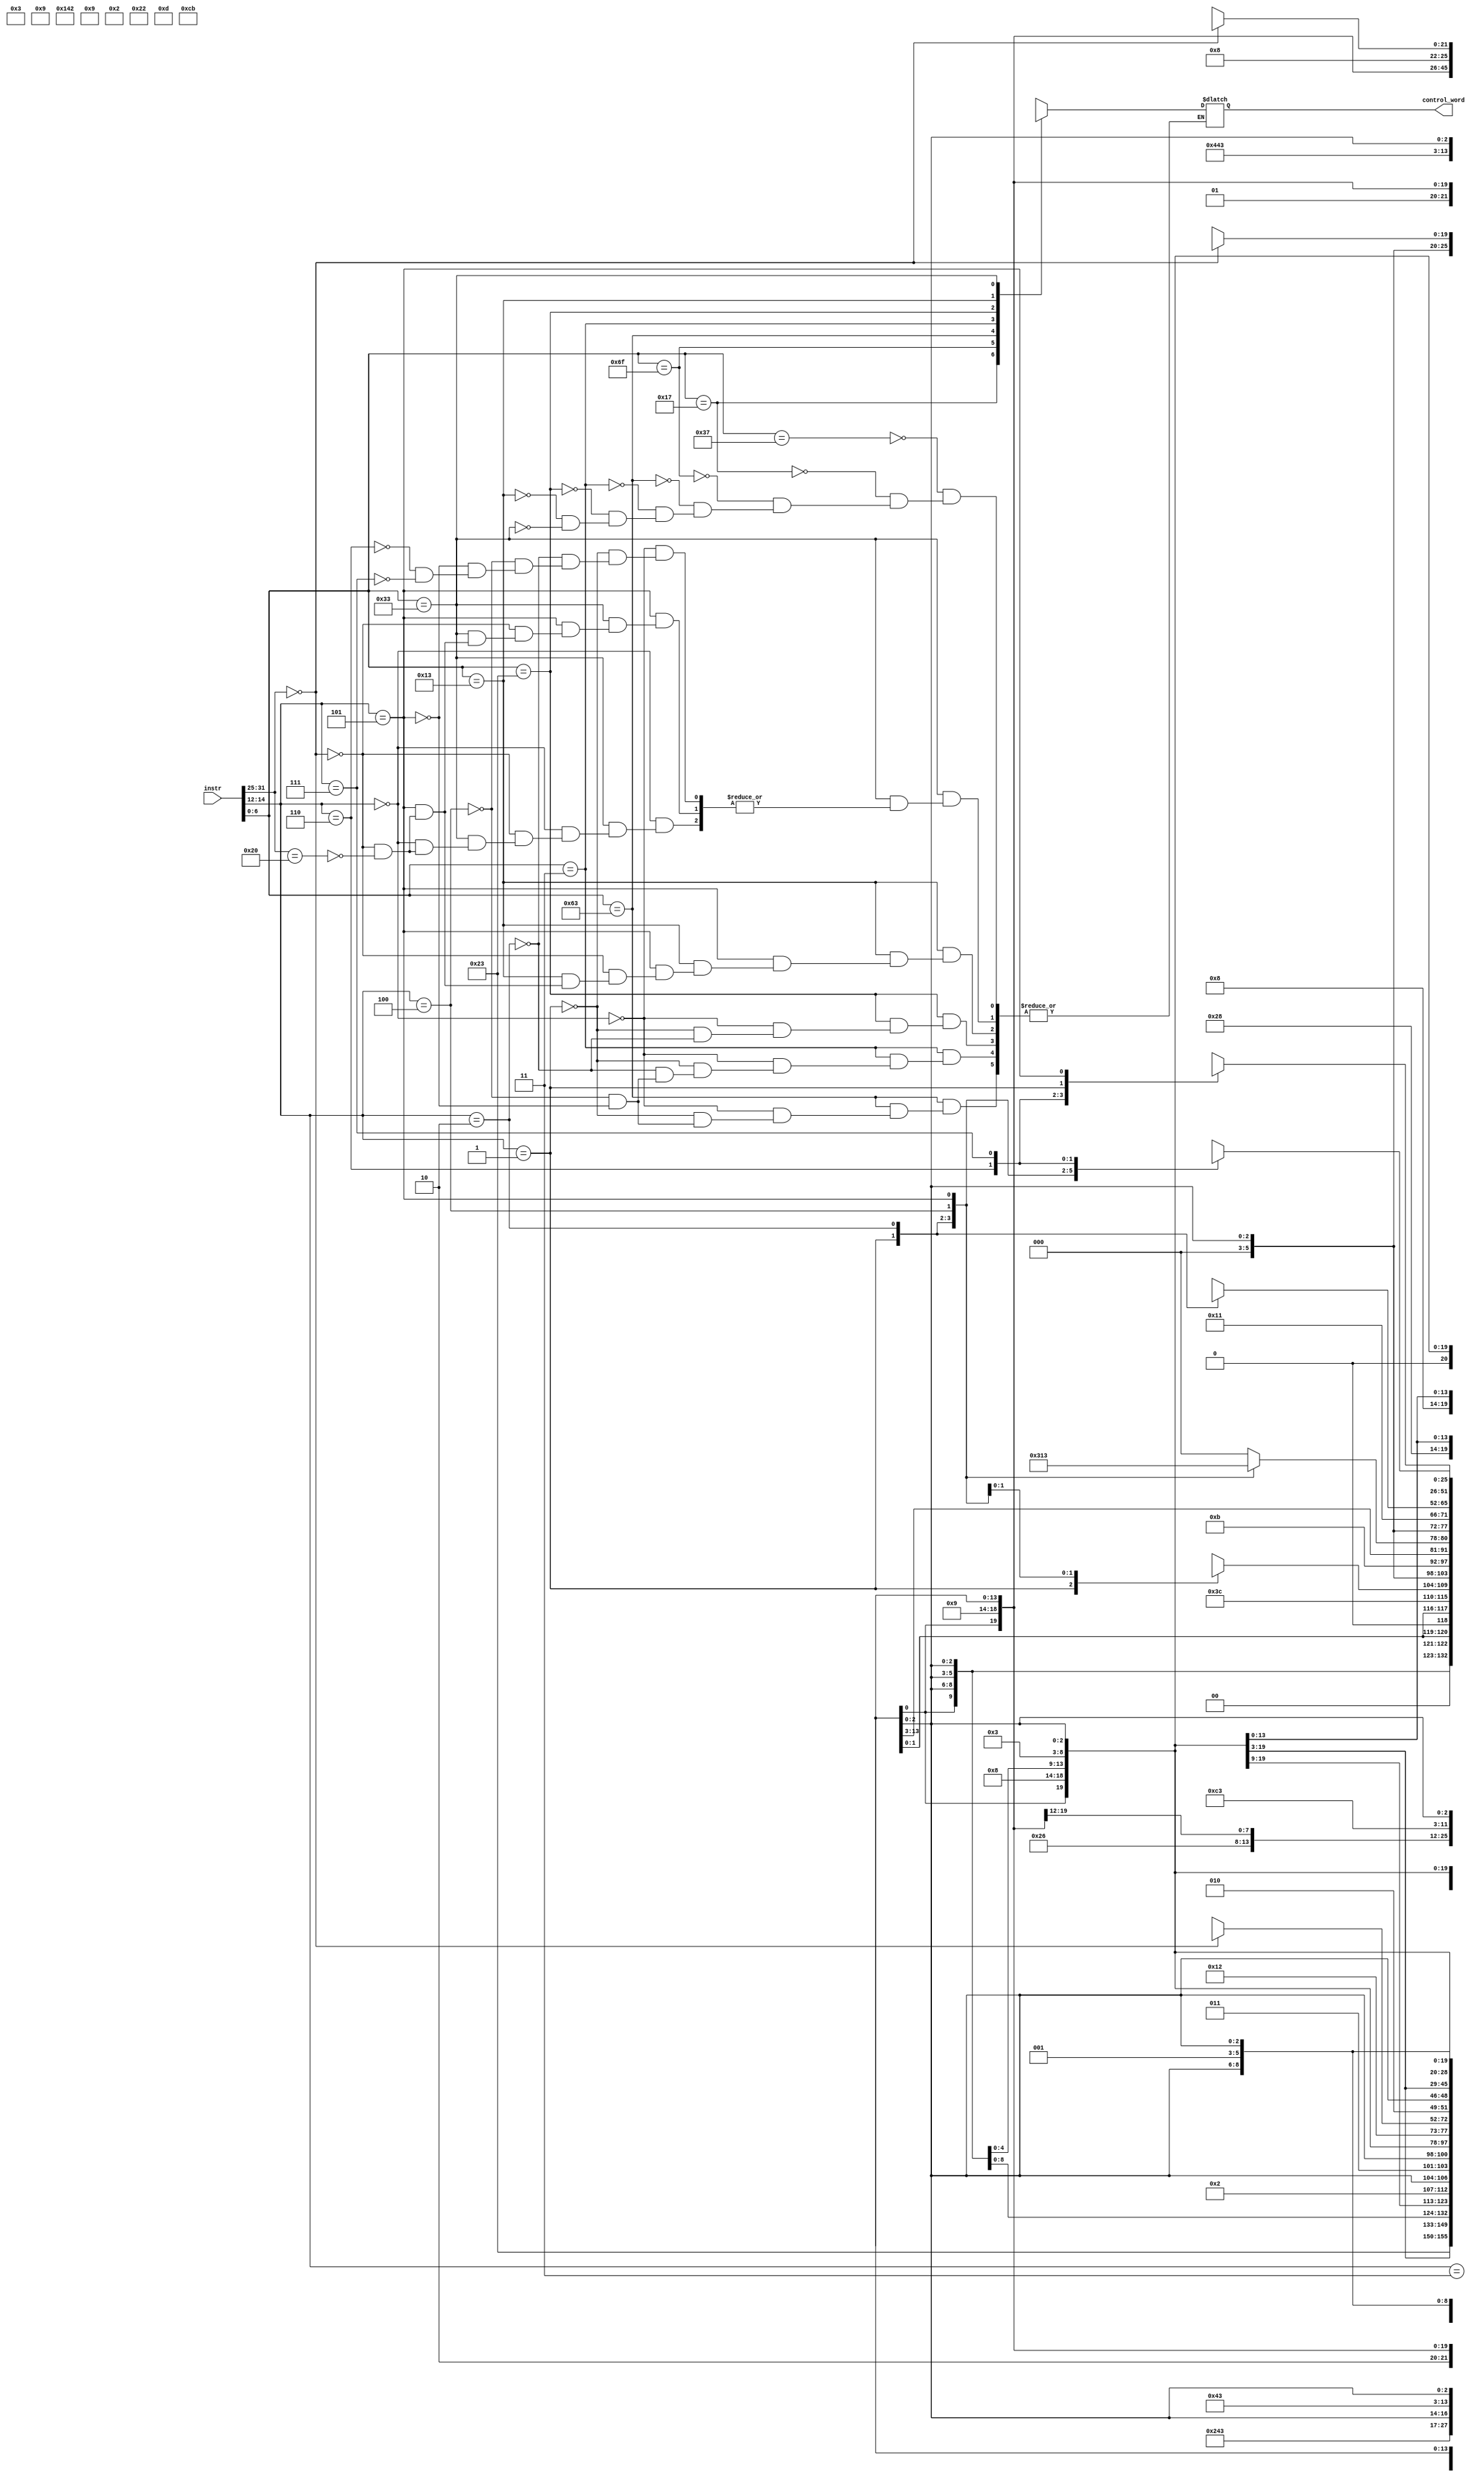
module ID(

    input wire [31:0] instr,
    output reg [25:0] control_word
    );
        
    wire [2:0] funct3 = instr[14:12];
    wire [6:0] funct7 = instr [31:25];
    wire [6:0] opcode = instr [6:0];
    
    localparam LUI = 7'b0110111;
    localparam AUIPC = 7'b0010111;
    localparam JAL = 7'b1101111;
    localparam JALR = 7'b1100111;
    localparam BRANCH = 7'b1100011;
    localparam BEQ = 3'b000;
    localparam BNE = 3'b001;
    localparam BLT = 3'b100;
    localparam BGE = 3'b101;
    localparam BLTU = 3'b110;
    localparam BGEU = 3'b111;
    localparam LOAD = 7'b0000011;
    localparam LB = 3'b000;
    localparam LH = 3'b001;
    localparam LW = 3'b010;
    localparam LBU = 3'b100;
    localparam LHU = 3'b101;
    localparam STORE =  7'b0100011;
    localparam SB = 3'b000;
    localparam SH = 3'b001;
    localparam SW = 3'b010;
    localparam IMM = 7'b0010011;
    localparam ADDI = 3'b000;
    localparam SLTI = 3'b010;
    localparam SLTIU = 3'b011;
    localparam XORI = 3'b100;
    localparam ORI = 3'b110;
    localparam ANDI = 3'b111;
    localparam SLLI = 3'b001;
    localparam SRLI = 3'b101;
    localparam SRAI = 3'b101;
    localparam REG = 7'b0110011;
    localparam ADD = 3'b000;
    localparam SUB = 3'b000;
    localparam SLL = 3'b001;
    localparam SLT = 3'b010;
    localparam SLTU = 3'b011;
    localparam XOR = 3'b100;
    localparam SRL = 3'b101;
    localparam SRA = 3'b101;
    localparam OR = 3'b110;
    localparam AND = 3'b111;


    always @(*) begin
    
        case(opcode)
            LUI:    control_word = 26'b100110x_01001_xx_011_0_0_0_011_xxx;
            AUIPC:  control_word = 26'b100110x_01001_xx_011_0_0_1_011_xxx;
            JAL:    control_word = 26'bxxxxxxx_01101_xx_100_0_1_0_xxx_xxx;
            BRANCH: begin
                case(funct3)
                    BEQ: control_word = 26'bxxxxxxx_00xx0_xx_111_1_0_0_000_xxx;
                    BNE: control_word = 26'bxxxxxxx_00xx0_xx_111_1_0_0_100_xxx;
                    BLT: control_word = 26'bxxxxxxx_00xx0_xx_111_1_0_0_010_xxx;
                    BGE: control_word = 26'bxxxxxxx_00xx0_xx_111_1_0_0_001_xxx;
                endcase
            end
            LOAD: begin
                case(funct3)
                    LB: control_word = 26'b000xxx0_01011_xx_000_0_0_0_011_000;
                    LH: control_word = 26'b000xxx0_01011_xx_000_0_0_0_011_001;
                    LW: control_word = 26'b000xxx0_01011_xx_000_0_0_0_011_100;
                    LBU: control_word = 26'b000xxx0_01011_xx_000_0_0_0_011_010;
                    LHU: control_word = 26'b000xxx0_01011_xx_000_0_0_0_011_011;
                endcase
            end
            STORE: begin
                case(funct3)
                    SB: control_word = 26'b000xxx0_10001_10_001_0_0_0_011_xxx;
                    SH: control_word = 26'b000xxx0_10001_01_001_0_0_0_011_xxx;
                    SW: control_word = 26'b000xxx0_10001_00_001_0_0_0_011_xxx;
                endcase
            end
            IMM: begin
                case (funct3)
                    ADDI: control_word = 26'b000xxx0_01001_xx_000_0_0_0_011_xxx;
                    SLTI: control_word = 26'bxxxxxxx_01001_xx_000_0_0_0_010_xxx;
                    SLTIU: control_word = 26'bxxxxxxx_x1001_xx_101_0_0_0_010_xxx;
                    XORI: control_word = 26'b011xxxx_01001_xx_000_0_0_0_011_xxx;
                    ORI: control_word = 26'b010xxxx_01001_xx_000_0_0_0_011_xxx;
                    ANDI: control_word = 26'b001xxxx_01001_xx_000_0_0_0_011_xxx;
                    SLLI: control_word = 26'b100000x_01001_xx_000_0_0_0_011_xxx;
                    3'b101: begin // SRLI & SRAI
                        if (funct7 == 7'b0000000)
                            control_word = 26'b100001x_01001_xx_000_0_0_0_011_xxx;
                        else if (funct7 == 7'b0100000)
                            control_word = 26'b100010x_01001_xx_000_0_0_0_011_xxx;
                    end
                endcase
            end
            REG: begin
                case (funct3)
                    3'b000: begin // ADD & SUB
                        if (funct7 == 7'b0000000) // ADD
                            control_word = 26'b000xxx0_01000_xx_xxx_0_0_0_011_xxx;
                        else if (funct7 == 7'b0100000) // SUB
                            control_word = 26'b000xxx1_01000_xx_xxx_0_0_0_011_xxx;
                    end
                    SLL: control_word = 26'b100011x_01000_xx_xxx_0_0_0_011_xxx;
                    SLT: control_word = 26'bxxxxxxx_01000_xx_xxx_0_0_0_010_xxx;
//                    SLTU: control_word= 26'bxxxxxxx_x1001_xx1010010xxx;
                    XOR: control_word = 26'b011xxxx_01000_xx_xxx_0_0_0_011_xxx;
                    3'b101: begin // SRL & SRA
                        if (funct7 == 7'b0000000) // SRL
                            control_word = 26'b100100x_01000_xx_xxx_0_0_0_011_xxx;
                        else if (funct7 == 7'b0100000) // SRA
                            control_word = 26'b100101x_01000_xx_xxx_0_0_0_011_xxx;
                    end
                    OR: control_word = 26'b010xxxx_01000_xx_xxx_0_0_0_011_xxx;
                    AND: control_word = 26'b001xxxx_01000_xx_xxx_0_0_0_011_xxx;
                endcase            
            
            end
        endcase
    
    end    
endmodule